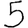
Digit: 5